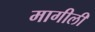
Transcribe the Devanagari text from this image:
मागीली